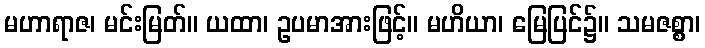
မဟာရာဇ၊ မင်းမြတ်။ ယထာ၊ ဥပမာအားဖြင့်။ မဟိယာ၊ မြေပြင်၌။ သမဇစ္စာ၊